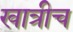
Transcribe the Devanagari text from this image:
खात्रीच